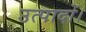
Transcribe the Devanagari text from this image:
उत्पादों।